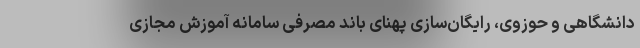
دانشگاهی و حوزوی، رایگان‌سازی پهنای باند مصرفی سامانه آموزش مجازی